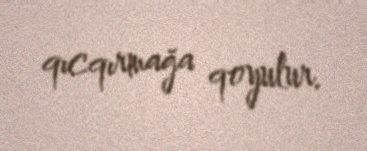
qıcqırmağa qoyulur.